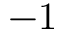
- 1